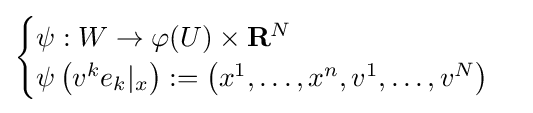
{\begin{cases}\psi :W\to \varphi (U)\times \mathbf {R} ^{N}\\\psi \left(v^{k}e_{k}|_{x}\right):=\left(x^{1},\ldots ,x^{n},v^{1},\ldots ,v^{N}\right)\end{cases}}